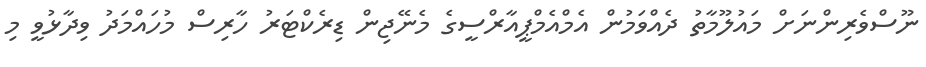
ނޫސްވެރިންނަށް މައުލޫމާތު ދެއްވަމުން އެމްއެމްޕީއާރްސީގެ މެނޭޖިން ޑިރެކްޓަރު ހާރިސް މުހައްމަދު ވިދާޅުވީ މި